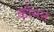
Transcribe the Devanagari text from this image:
कौमन